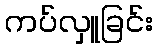
ကပ်လှူခြင်း